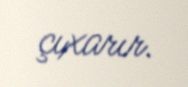
çıxarır.